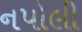
નપોલી